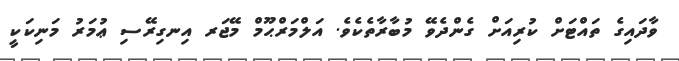
ވާދައިގެ ތައްޓަށް ކުރިއަށް ގެންދެވޭ މުބާރާތެކެވެ. އަލްމަރްޙޫމް މޭޖަރ އިނގިރޭސި ޢުމަރު މަނިކަކީ